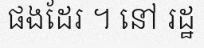
ផងដែរ ។ នៅ រដ្ឋ